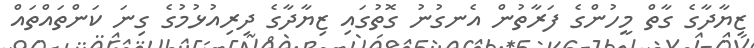
ޒިޔާދާގެ ގާތް މީހުންގެ ފަރާތުން އެނގުނު ގޮތުގައި ޒިޔާދާގެ ދިރިއުޅުމުގެ ގިނަ ކަންތައްތައް